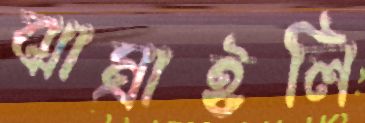
ঝাম্‌রাইলি